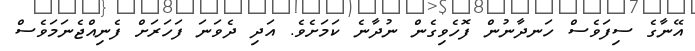
އޭނާގެ ސިފަވެސް ހަނދާނުން ފޮހެވިގެން ނުދާނެ ކަމަށެވެ. އަދި ދެވަނަ ފަހަރަށް ފެނިއްޖެނަމަވެސް